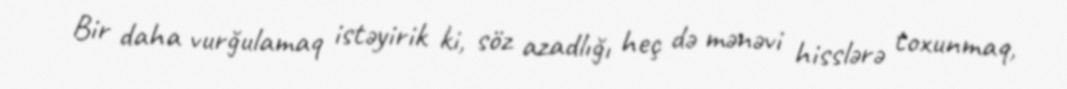
Bir daha vurğulamaq istəyirik ki, söz azadlığı heç də mənəvi hisslərə toxunmaq,